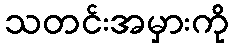
သတင်းအမှားကို